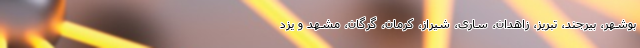
بوشهر، بیرجند، تبریز، زاهدان، ساری، شیراز، کرمان، گرگان، مشهد و یزد